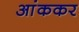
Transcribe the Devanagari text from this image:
आंककर